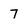
Character: 7